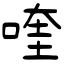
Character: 喹